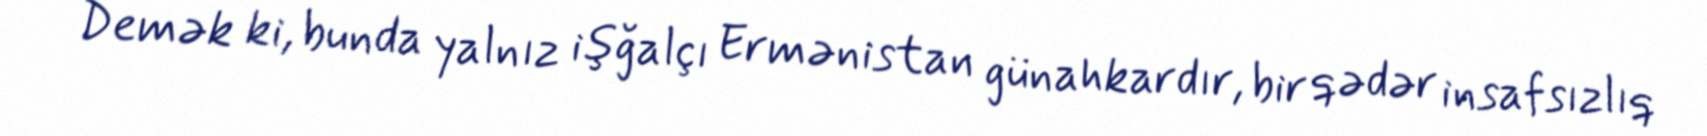
Demək ki, bunda yalnız işğalçı Ermənistan günahkardır, bir qədər insafsızlıq